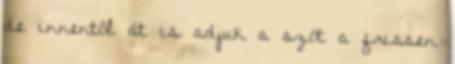
de innentől át is adjuk a szót a frissen